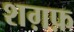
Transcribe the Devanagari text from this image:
शग़फ़